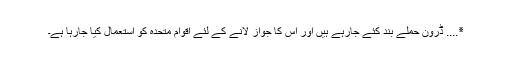
٭.... ڈرون حملے بند کئے جارہے ہیں اور اس کا جواز لانے کے لئے اقوام متحدہ کو استعمال کیا جارہا ہے۔